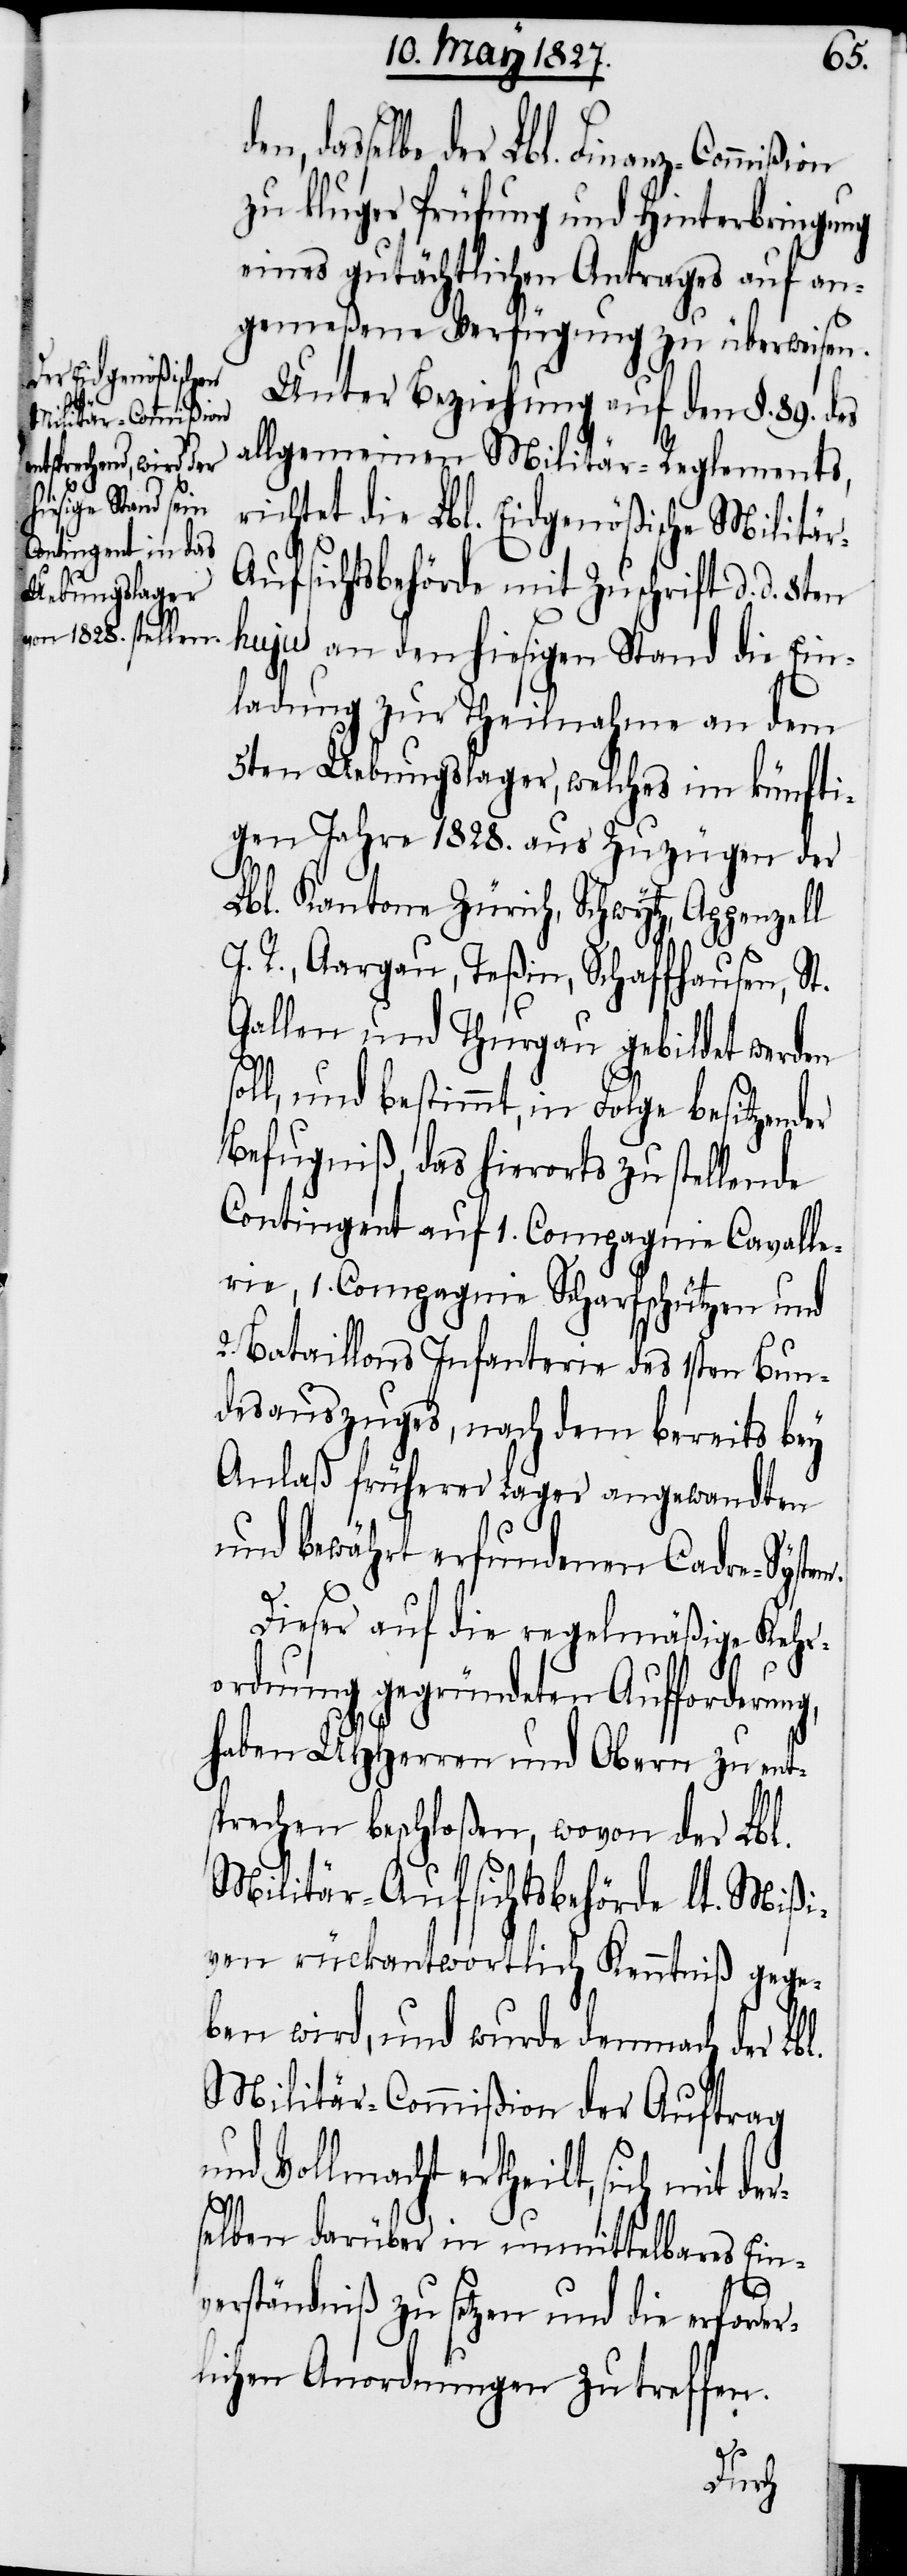
er¬
dasselbe der Lbl. Finanz-Commißion
zu kluger Prüfung und Hinterbringung
eines gutächtlichen Antrages auf an¬
gemeßene Verfügung zu überweisen.
Unter Beziehung auf den §. 89. des
allgemeinen Militär-Reglements,
richtet die Lbl. Eidgenößische Militär-A¬
ufsichtsbehörde mit Zuschrift d. d.
hujus an den hiesigen Stand die Ein¬
ladung zur Theilnahme an dem
5ten Uebungslager, welches im künfti¬
gen Jahre 1828. aus Zuzügen der
Lbl. Kantone Zürich, Schwytz, Appenzell
A. R., Aargau, Teßin, Schaffhausen, St.
Gallen und Thurgau gebildet werden
soll, und bestimmt, in Folge besitzender
Befugniß, das hierorts zu stellende
Contingent auf 1. Compagnie Cavalle¬
rie, 1. Compagnie Scharfschützen und
2. Bataillons Infanterie des 1sten Bun¬
desauszuges, nach dem bereits bey
Anlaß früherer Lager angewandten
und bewährt erfundenen Cadre-System.
Dieser auf die regelmäßige Kehr¬
ordnung gegründeten Aufforderung,
haben UHHerren und Obern zu ent¬
sprechen beschloßen, wovon der Lbl.
Militär-Aufsichtsbehörde lt. Mißi¬
ven rückantwortlich Kenntniß gege¬
ben wird, und wurde demnach der Lbl.
Militär-Commißion der Auftrag
und Vollmacht ertheilt, sich mit d¬
selben darüber in unmittelbares Ein¬
verständniß zu setzen und die erforde¬
rlichen Anordnungen zu treffen.